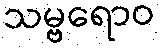
သမ္ဗရောဝ